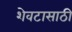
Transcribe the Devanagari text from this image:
शेवटासाठी